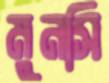
মুনসি